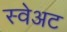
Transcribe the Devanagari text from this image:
स्वेअट